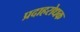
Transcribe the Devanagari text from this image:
प्रदाहरोधक